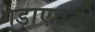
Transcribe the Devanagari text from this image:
गडाएवढी